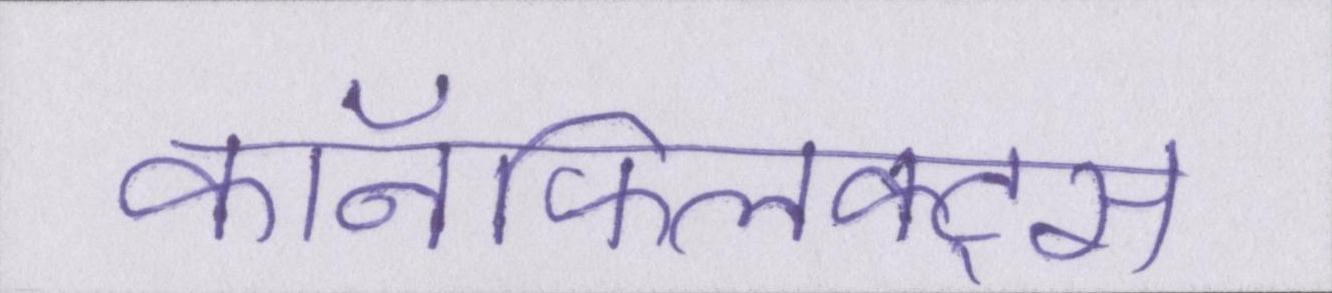
कॉनफ्लिक्ट्स